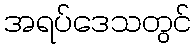
အရပ်ဒေသတွင်